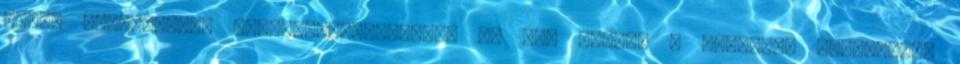
annak maradványai Székelyudvarhelyen. In Bod Péter, a historia litteraria